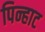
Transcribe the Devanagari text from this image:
पिन्हाट